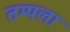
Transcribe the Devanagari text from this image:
तम्पला